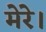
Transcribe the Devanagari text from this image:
मेरे।